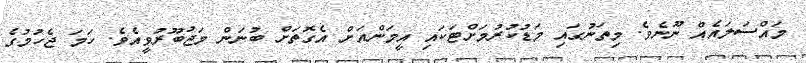
މައްސަލައެއް ނޫނެވެ. މިތަނުގައި މަޑުކުރުމަށްޓަކައި އީމަންއަށް އެގޮތަށް ބުނަން މަޖުބޫރުވީއެވެ. ހަމަ ޖެހުމުގެ